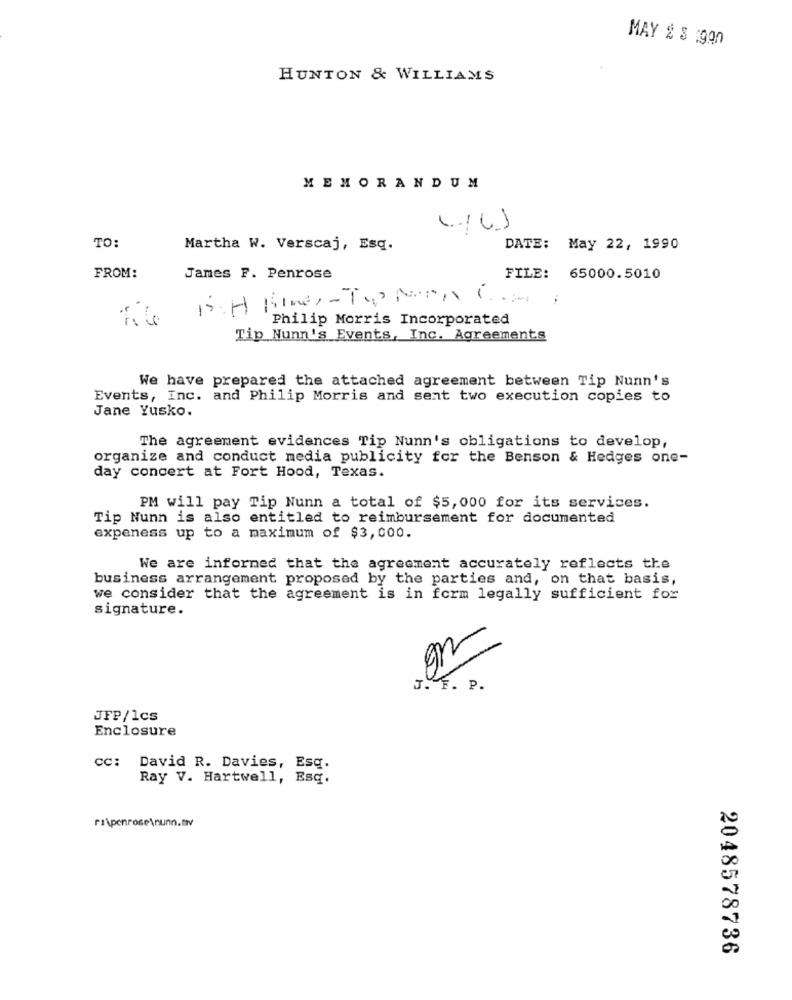
MAY & $ :990
HUNTON & WILLIAMS
MEMORANDUM
TO:
Martha W. Verscaj, Esq.
DATE: May 22, 1990
FROM:
James F. Penrose
FILE: 65000.5010
12: H Kines- Top parna Com
Philip Morris Incorporated
Tip Nunn's Events, Inc. Agreements
We have prepared the attached agreement between Tip Nunn's
Events, Inc. and Philip Morris and sent two execution copies to
Jane Yusko.
The agreement evidences Tip Nunn's obligations to develop,
organize and conduct media publicity for the Benson & Hedges one-
day concert at Fort Hood, Texas.
PM will pay Tip Nunn a total of $5,000 for its services.
Tip Nunn is also entitled to reimbursement for documented
expeness up to a maximum of $3,000.
We are informed that the agreement accurately reflects the
business arrangement proposed by the parties and, on that basis,
we consider that the agreement is in form legally sufficient for
signature.
on
J. F. P.
JFP/1cs
Enclosure
CC: David R. Davies, Esq.
Ray V. Hartwell, Esq.
ra\penrose\nunn.tv
2048578736